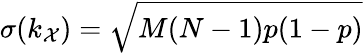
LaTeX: \sigma(k_{\mathcal{X}})=\sqrt{M(N-1)p(1-p)}